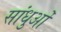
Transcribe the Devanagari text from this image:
सांधुओं